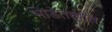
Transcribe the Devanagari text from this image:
भाडेतत्त्वात